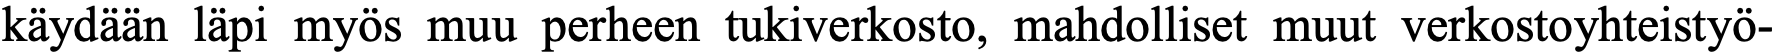
käydään läpi myös muu perheen tukiverkosto, mahdolliset muut verkostoyhteistyö-